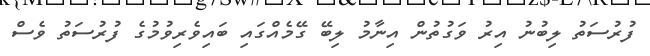
ފުރުސަތު ލިބުނު އިރު ވަގުތުން އިނާމު ލިބޭ ގޭމެއްގައި ބައިވެރިވުމުގެ ފުރުސަތު ވެސް